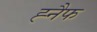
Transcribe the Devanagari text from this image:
ह्नैफ